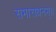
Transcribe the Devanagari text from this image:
समाराधनम्।।